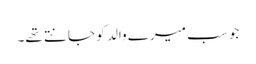
جو سب میرے والد کو جانتے تھے۔